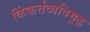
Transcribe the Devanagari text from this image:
किंकर्त्तव्यविमूढ़